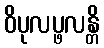
ဝိပုလပ္ဖလန္တိ